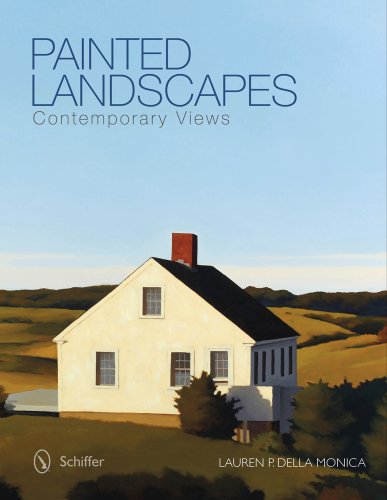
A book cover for Painted Landscapes: Contemporary Views; Lauren P. Della Monica; Arts & Photography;